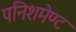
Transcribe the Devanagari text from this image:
पनिशमेण्ट